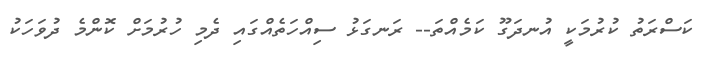
ކަސްރަތު ކުރުމަކީ އުނދަގޫ ކަމެއްތަ-- ރަނގަޅު ސިއްހަތެއްގައި ދެމި ހުރުމަށް ކޮންމެ ދުވަހަކު